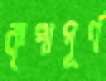
কৃপাপূর্ণ